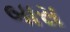
બાસ